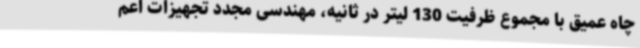
چاه عمیق با مجموع ظرفیت 130 لیتر در ثانیه، مهندسی مجدد تجهیزات اعم